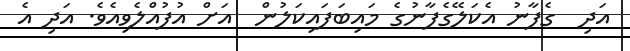
އަދި  ގެފާނު އެކަލޭގެފާނުގެ މައިބަފައިކަލުން  އަށް އުފުއްލެވިއެވެ. އަދި އެ